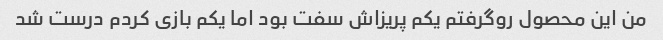
من این محصول روگرفتم یکم پریزاش سفت بود اما یکم بازی کردم درست شد